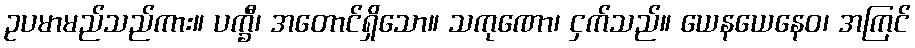
ဥပမာမည်သည်ကား။ ပက္ခီ၊ အတောင်ရှိသော။ သကုဏော၊ ငှက်သည်။ ယေနယေနေဝ၊ အကြင်